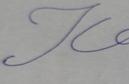
Signature authenticity: forged